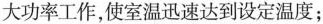
大功率工作，使室温迅速达到设定温度；